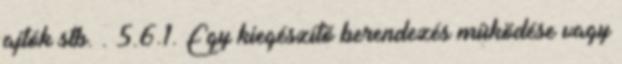
ajtók stb. . 5.6.1. Egy kiegészítõ berendezés mûködése vagy